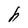
Character: h